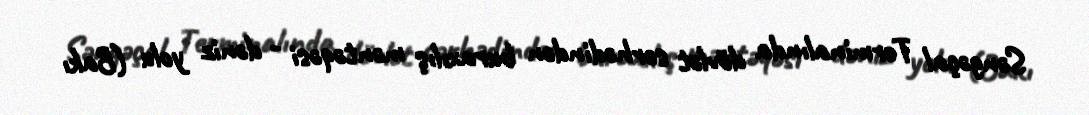
Səngəçal Terminalında dövlət sərhədindən buraxılış məntəqəsi - dəniz yolu (Bakı